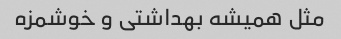
مثل همیشه بهداشتی و خوشمزه